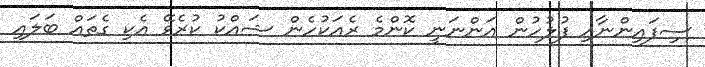
ސިފައިންނާއި ފުލުހުން އަންނަނީ ކޮންމެ ރެއަކުހެން ޝައްކު ކުރެވޭ އެކި ގެތައް ބަލައި